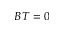
B T = 0